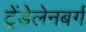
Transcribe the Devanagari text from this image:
ट्रेंडेलेनबर्ग